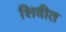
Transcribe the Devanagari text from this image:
शिवीत